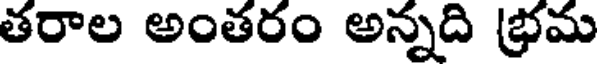
తరాల అంతరం అన్నది భ్రమ